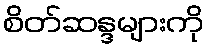
စိတ်ဆန္ဒများကို